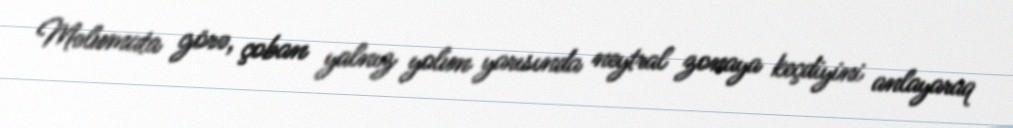
Məlumata görə, çoban yalnız yolun yarısında neytral zonaya keçdiyini anlayaraq